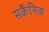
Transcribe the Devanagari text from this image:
सर्कैनिक